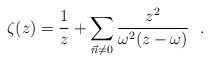
LaTeX: \begin{align*}\zeta (z) = \frac{1}{z} + \sum_{\vec{n} \neq 0} \frac{z^{2}}{\omega^{2}(z-\omega)}~~.\end{align*}